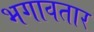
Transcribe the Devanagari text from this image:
भगावतार